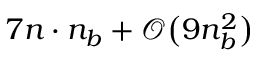
7 n \cdot n _ { b } + \mathcal { O } \big ( 9 n _ { b } ^ { 2 } \big )